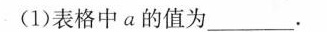
(1)表格中a的值为___.